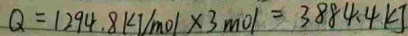
Q = 1 2 9 4 . 8 k J / m o l \times 3 m o l = 3 8 8 4 . 4 k J